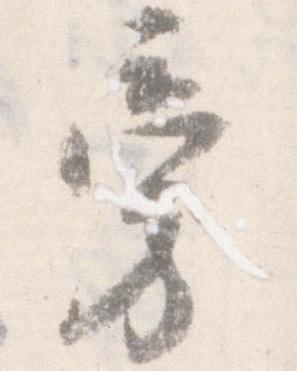
旁